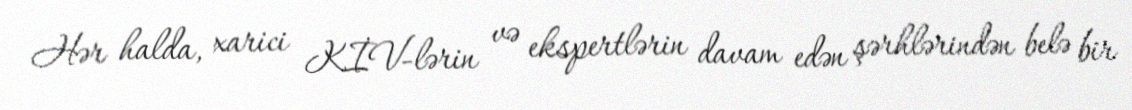
Hər halda, xarici KİV-lərin və ekspertlərin davam edən şərhlərindən belə bir